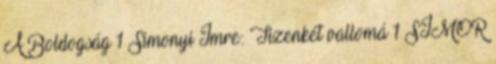
A Boldogság 1 Simonyi Imre: Tizenkét vallomá 1 SIMOR